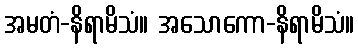
အမတံ-နိရာမိသံ။ အသောကော-နိရာမိသံ။